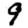
Digit: 9